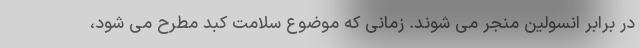
در برابر انسولین منجر می شوند. زمانی که موضوع سلامت کبد مطرح می شود،